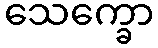
သေက္ခော